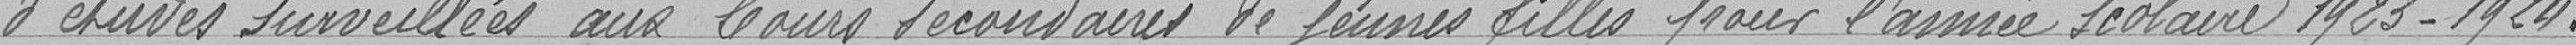
d'études surveillées aux cours secondaires de jeunes filles pour l'année scolaire 1923-1924